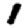
Digit: 1